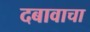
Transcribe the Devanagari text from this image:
दबावाचा